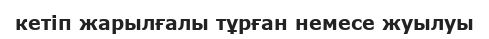
кетіп жарылғалы тұрған немесе жуылуы